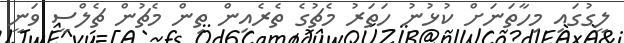
ލީގުގައި މިހާތަނަށް ކުޅުނު ހަތަރު މެޗުގެ ތެރެއިން ތިން މެޗުން ޗެލްސީ ވަނީ